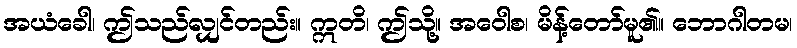
အယံခေါ၊ ဤသည်လျှင်တည်း။ ဣတိ၊ ဤသို့။ အဝေါစ၊ မိန့်တော်မူ၏။ ဘောဂါတမ၊